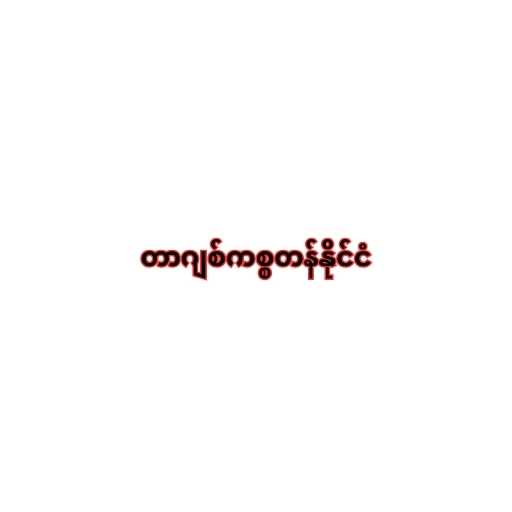
တာဂျစ်ကစ္စတန်နိုင်ငံ